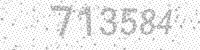
Solution: 713584